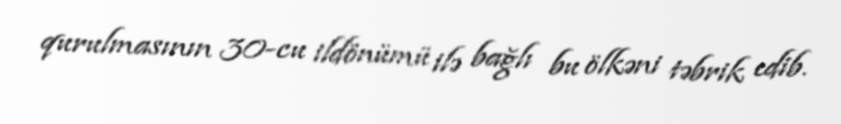
qurulmasının 30-cu ildönümü ilə bağlı bu ölkəni təbrik edib.